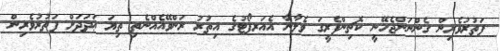
ފަތުރުވެރިން ގެންނަންޖެހޭނީ ކޮޗިންފެރީގަ ވެލާނާ އެއަރޕޯޓުގެ އިތުރު ރަންވޭއެއްނެތި ތިޔަ ޢަދަދަށް ފަތުރުވެރިން